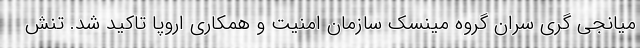
میانجی گری سران گروه مینسک سازمان امنیت و همکاری اروپا تاکید شد. تنش